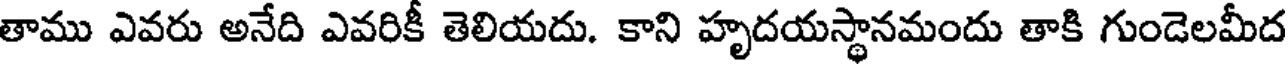
తాము ఎవరు అనేది ఎవరికీ తెలియదు. కాని హృదయస్థానమందు తాకి గుండెలమీద